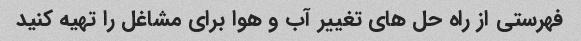
فهرستی از راه حل های تغییر آب و هوا برای مشاغل را تهیه کنید